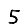
Digit: 5